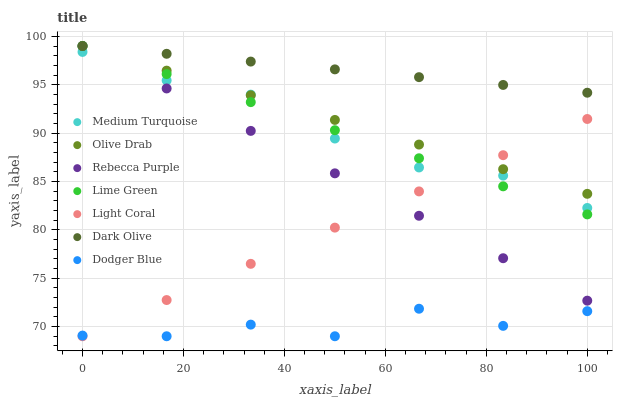
| xaxis_label | Medium Turquoise | Olive Drab | Rebecca Purple | Lime Green | Light Coral | Dark Olive | Dodger Blue |
 | --- | --- | --- | --- | --- | --- | --- | --- |
 | 0 | 98.4 | 99 | 99 | 99 | 69 | 99 | 69.1 |
 | 16.7 | 95.4 | 96.5 | 94.6 | 96.1 | 72.7 | 98.2 | 69 |
 | 33.3 | 94 | 93.9 | 90.2 | 93.2 | 76.5 | 97.4 | 70.2 |
 | 50 | 89.4 | 91.4 | 85.8 | 90.3 | 80.2 | 96.6 | 69 |
 | 66.7 | 86.4 | 88.8 | 81.5 | 87.4 | 84 | 95.8 | 71.8 |
 | 83.3 | 85.6 | 86.3 | 77.1 | 84.5 | 87.7 | 95 | 70.1 |
 | 100 | 82.3 | 83.7 | 72.7 | 81.6 | 91.5 | 94.2 | 71.6 |